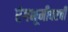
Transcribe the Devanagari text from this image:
रंगभूमीवरची